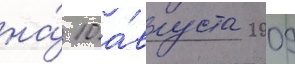
на́ 10 а́вгуста 2009